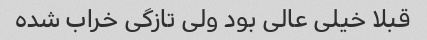
قبلا خیلی عالی بود ولی تازگی خراب شده